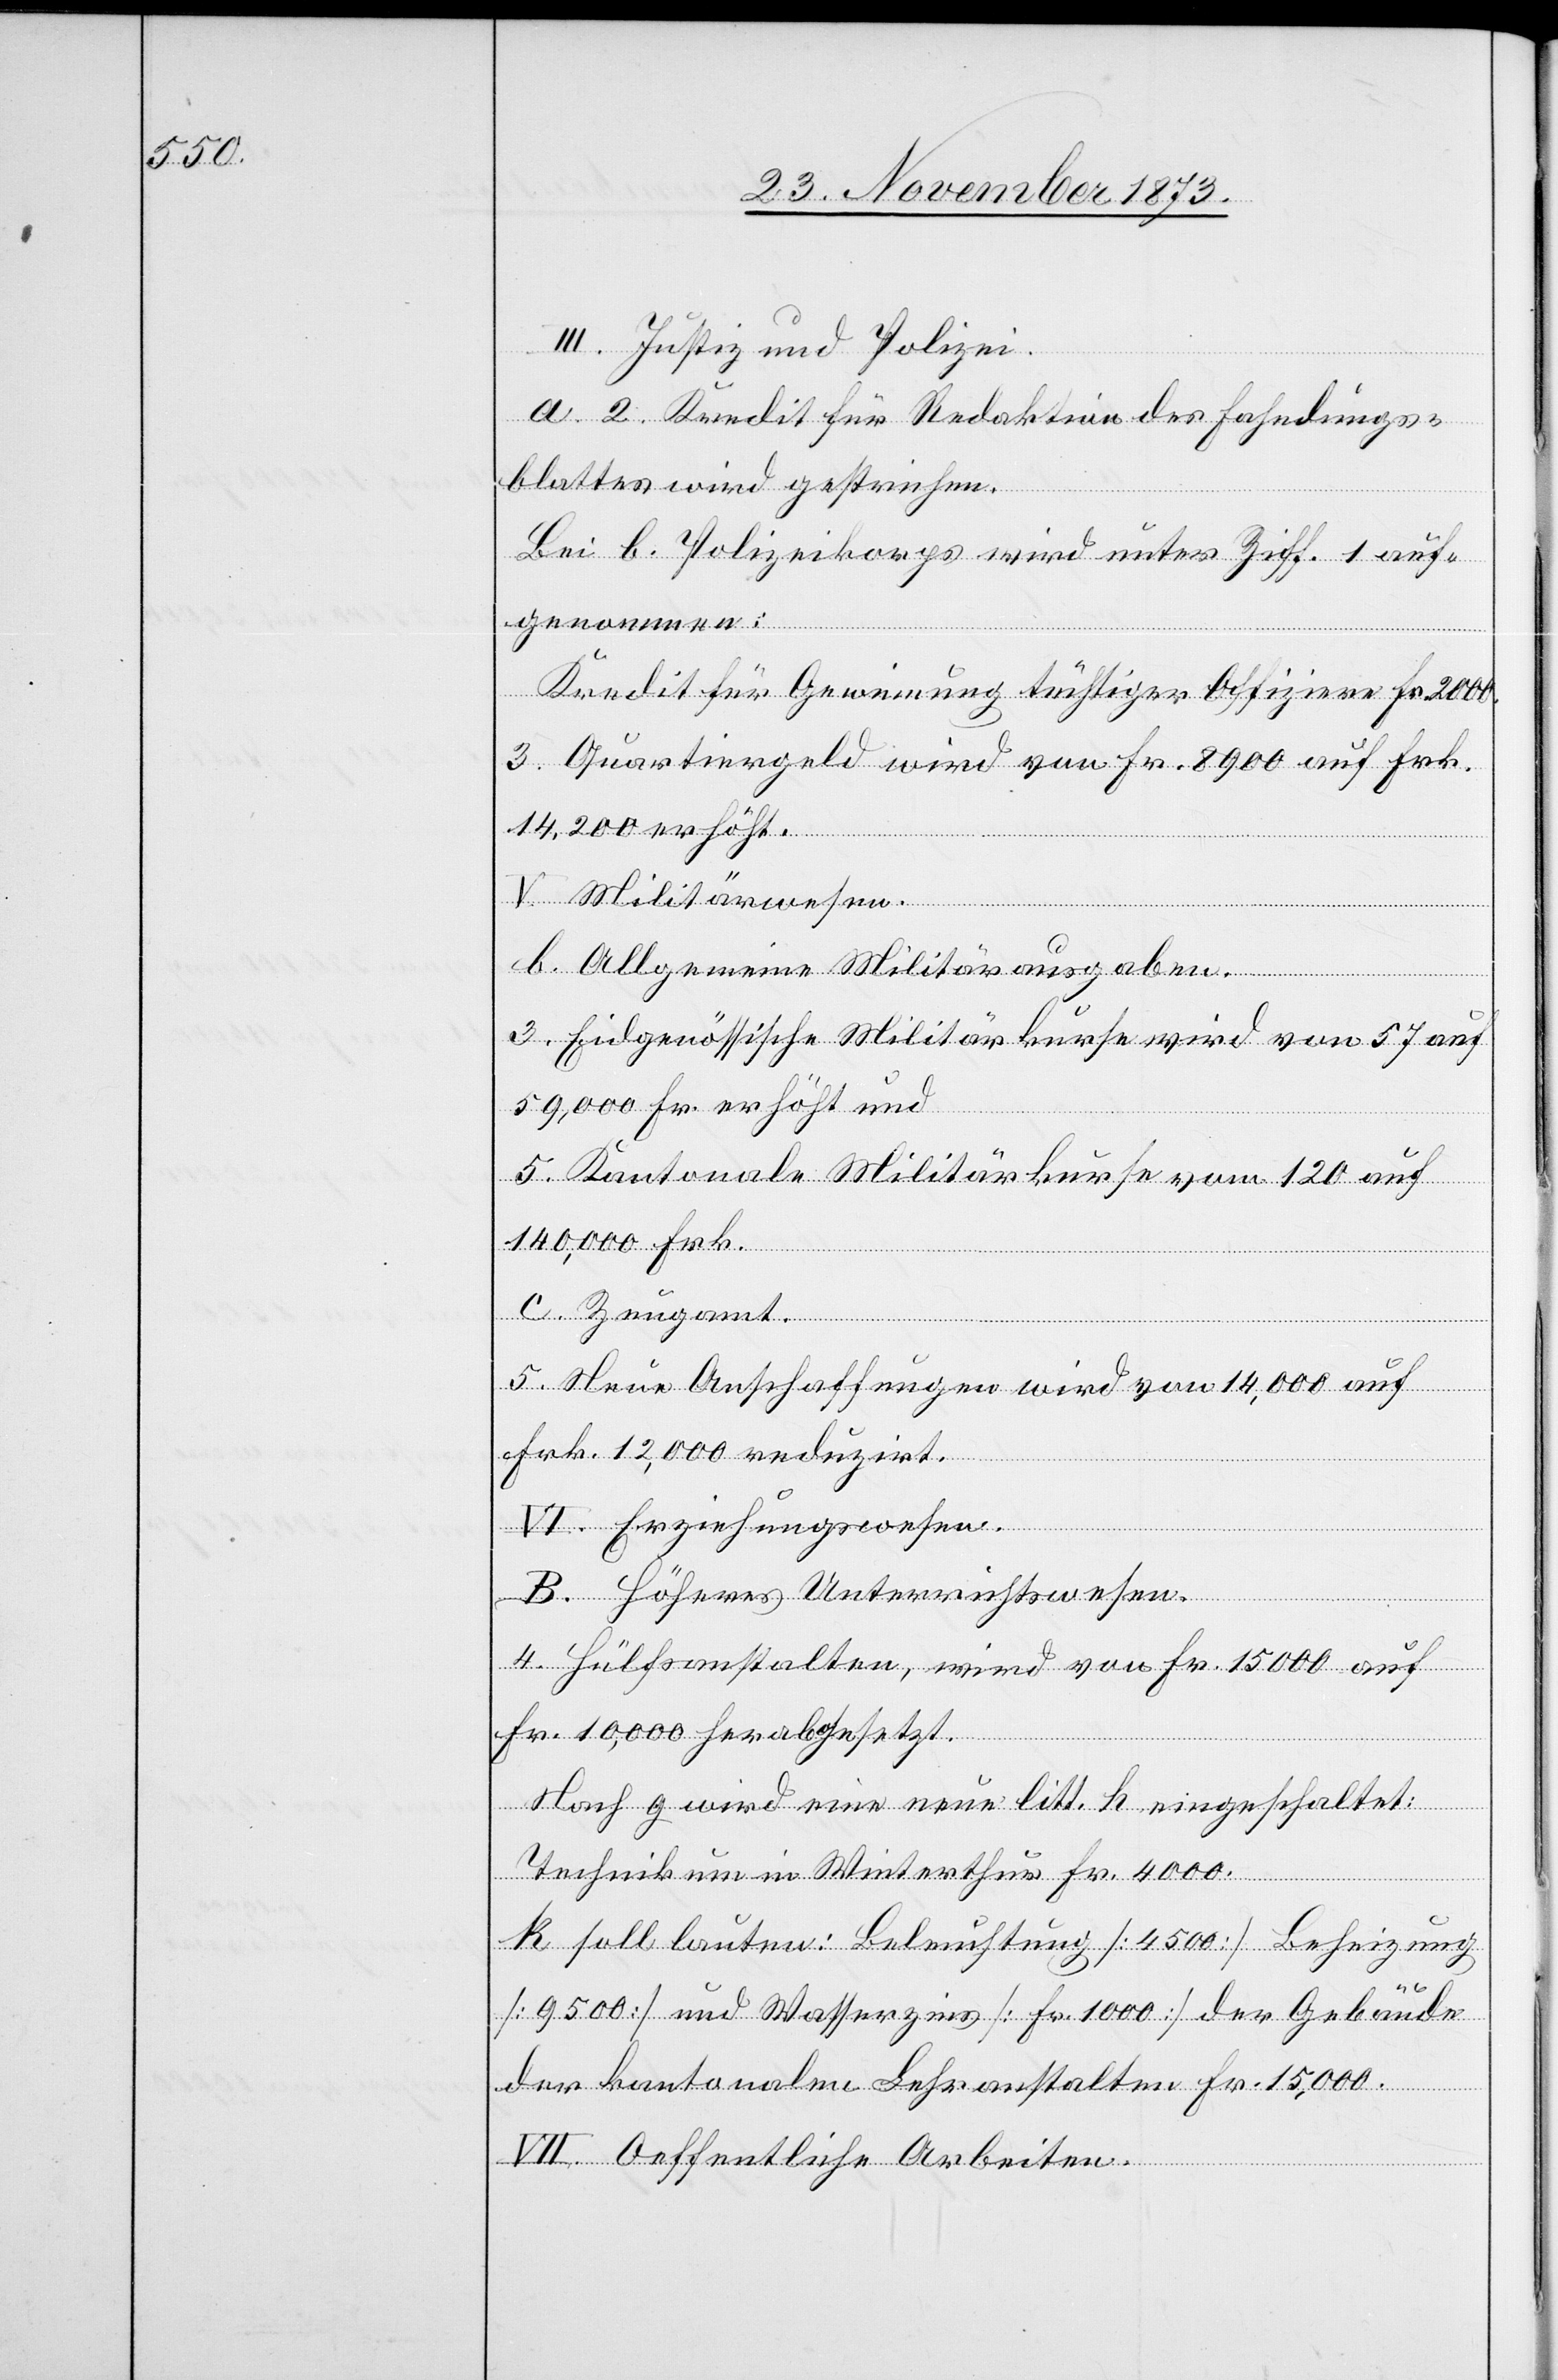
III. Justiz und Polizei.
a. 2. Kredit für Redaktion des Fahndungs¬
blattes wird gestrichen.
Bei b. Polizeikorps wird unter Ziff. 1 auf¬
genommen:
Kredit für Gewinnung tüchtiger Offiziere Fr. 2 000.
3. Quartiergeld wird von Fr. 8 900 auf Frk.
14,200 erhöht.
V. Militärwesen.
b. Allgemeine Militärausgaben.
3. Eidgenössische Militärkurse wird von 57 auf
59,000 Fr. erhöht und
5. Kantonale Militärkurse vom [sic!] 120 auf
140,000 Frk.
c. Zeugamt.
5. Neue Anschaffungen wird von 14,000 auf
Frk. 12,000 reduzirt.
VI. Erziehungswesen.
B. Höheres Unterrichtswesen.
4. Hülfsanstalten, wird von Fr. 15 000 auf
Fr. 10,000 herabgesetzt.
Nach g wird eine neue litt. h eingeschaltet:
Technikum in Winterthur Fr. 4 000.
k soll lauten: Beleuchtung [4 500] Beheizung
[9 500] und Wasserzins [Fr. 1 000] der Gebäude
der kantonalen Lehranstalten Fr. 15,000.
VII. Oeffentliche Arbeiten.